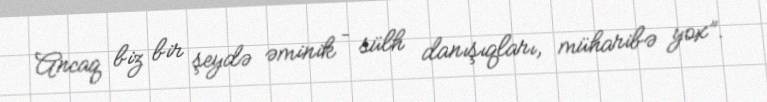
Ancaq biz bir şeydə əminik – sülh danışıqları, müharibə yox”.